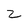
Character: z